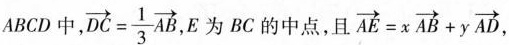
ABCD中， $$\overrightarrow { DC } = \frac{ 1 } { 3 } \overrightarrow { AB }$$， E为BC的中点，且 $$\overrightarrow { AE } = x \overrightarrow { AB } + y \overrightarrow { AD }$$